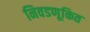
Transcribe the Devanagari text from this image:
निवडणूकित